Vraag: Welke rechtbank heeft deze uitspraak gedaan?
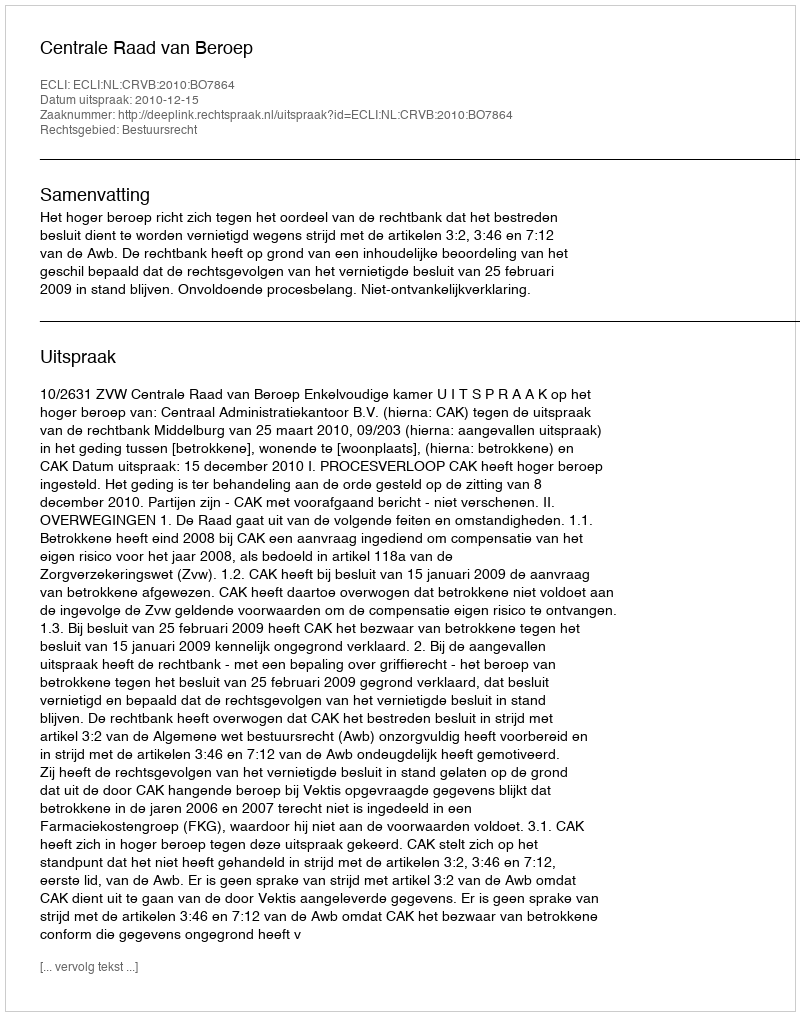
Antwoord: Centrale Raad van Beroep